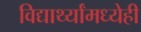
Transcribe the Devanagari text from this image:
विद्यार्थ्यांमध्येही